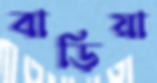
বাড়িয়া